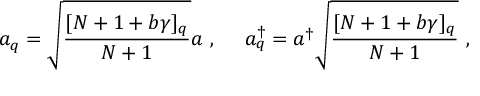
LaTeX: a _ { q } = \sqrt { \frac { [ N + 1 + b \gamma ] _ { q } } { N + 1 } } a ~ , ~ ~ ~ ~ a _ { q } ^ { \dagger } = a ^ { \dagger } \sqrt { \frac { [ N + 1 + b \gamma ] _ { q } } { N + 1 } } ~ ,